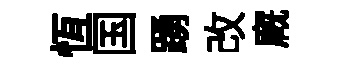
恆国踴改廐